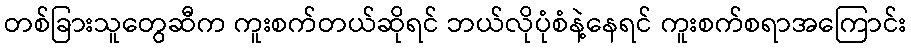
တစ်ခြားသူတွေဆီက ကူးစက်တယ်ဆိုရင် ဘယ်လိုပုံစံနဲ့နေရင် ကူးစက်စရာအကြောင်း